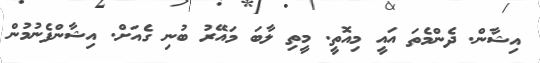
އިޝާން. ދެންމެތަ އައީ މިއޮތީ. މީތި ލާބަ މައޭރު ބުނި ގެއަށް. އިޝާންފެނުމުން